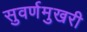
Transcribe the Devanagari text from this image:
सुवर्णमुखरी